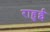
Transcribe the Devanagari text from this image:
राहुई